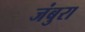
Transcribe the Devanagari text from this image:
जंबुरा